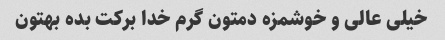
خیلی عالی و خوشمزه دمتون گرم خدا برکت بده بهتون